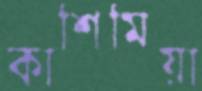
কাশিমিয়া